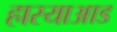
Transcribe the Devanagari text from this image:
हास्याआड